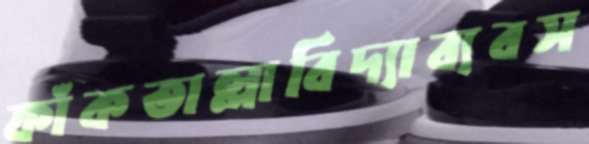
ফাঁকতাল্লাবিদ্যাব্যবস